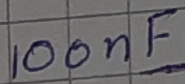
Text: 100nF